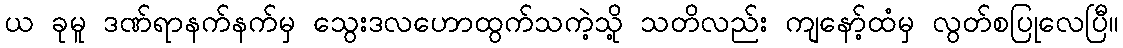
ယ ခုမူ ဒဏ်ရာနက်နက်မှ သွေးဒလဟောထွက်သကဲ့သို့ သတိလည်း ကျနော့်ထံမှ လွတ်စပြုလေပြီ။